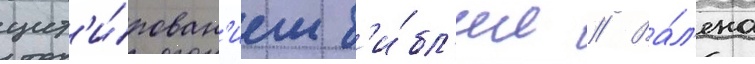
цит'и́рован'ием б'и́бл'ии // Ва́л'ено